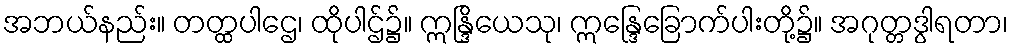
အဘယ်နည်း။ တတ္ထပါဌေ၊ ထိုပါဌ်၌။ ဣန္ဒြိယေသု၊ ဣန္ဒြေခြောက်ပါးတို့၌။ အဂုတ္တဒွါရတာ၊